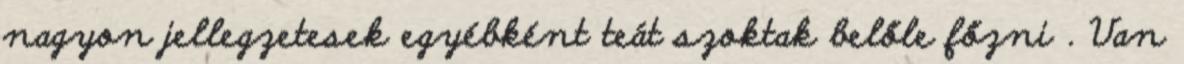
nagyon jellegzetesek egyébként teát szoktak belőle főzni . Van